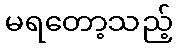
မရတော့သည့်